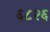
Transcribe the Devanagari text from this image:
६८२६